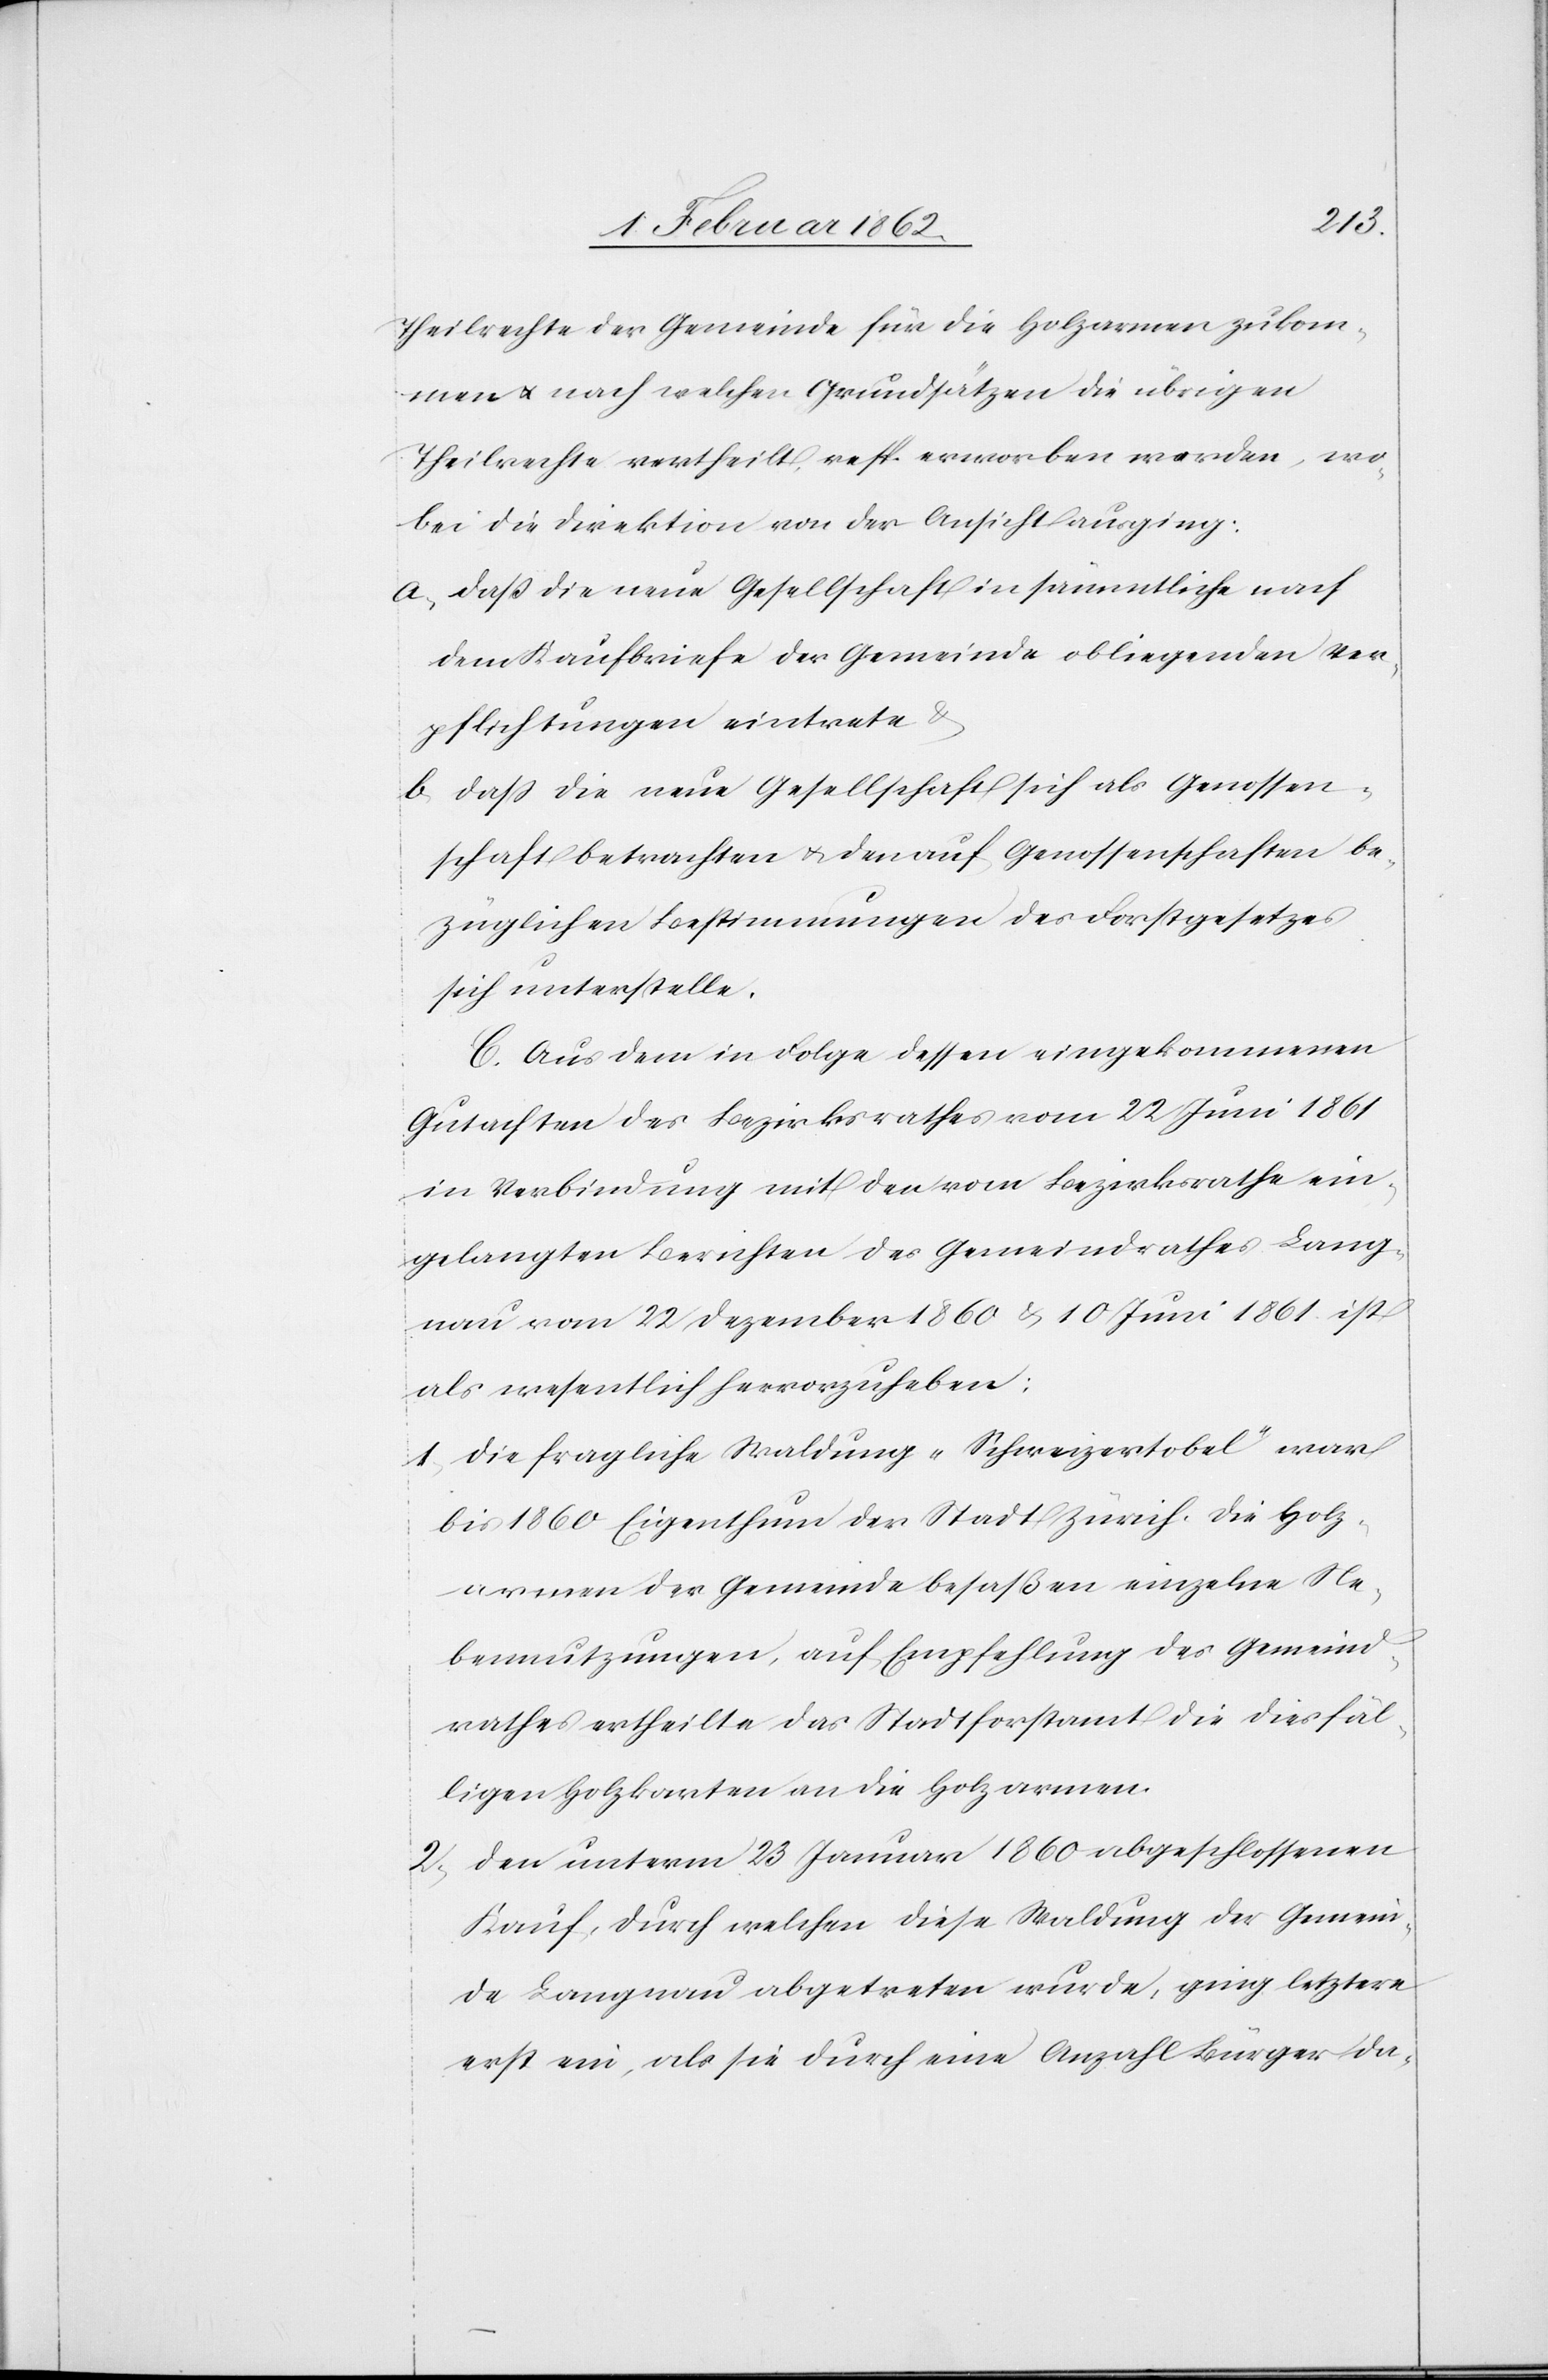
Theilrechte der Gemeinde für die Holzarmen zukom¬
men u. nach welchen Grundsätzen die übrigen
Theilrechte vertheilt, resp. erworben werden, wo¬
bei die Direktion von der Ansicht aus ging:
a) daß die neue Gesellschaft in sämmtliche nach
dem Kaufbriefe der Gemeinde obliegenden Ver¬
pflichtungen eintrete &
b) daß die neue Gesellschaft sich als Genossen¬
schaft betrachten u. den auf Genossenschaften be¬
züglichen Bestimmungen des Forstgesetzes
sich unterstelle.
C. Aus dem in Folge dessen eingekommenen
Gutachten des Bezirksrathes vom 22 Juni 1861
in Verbindung mit den vom Bezirksrathe ein¬
gelangten Berichten des Gemeindrathes Lang¬
nau vom 22 Dezember 1860 & 10 Juni 1861 ist
als wesentlich hervorzuheben:
1) die fragliche Waldung „Schweizertobel“ war
bis 1860 Eigenthum der Stadt Zürich. Die Holz¬
armen der Gemeinde besaßen einzelne Ne¬
bennutzungen, auf Empfehlung des Gemeind¬
rathes ertheilte das Stadtforstamt die diesfäl¬
ligen Holzkarten an die Holzarmen.
2) den unterm 23 Januar 1860 abgeschlossenen
Kauf, durch welchen diese Waldung der Gemein¬
de Langnau abgetreten wurde, ging letztere
erst ein, als sie durch eine Anzahl Bürger da-